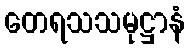
တေရသသမုဋ္ဌာနံ